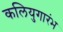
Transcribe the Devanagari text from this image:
कलियुगारंभ